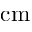
\mathrm { c m }